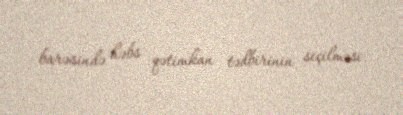
barəsində həbs qətimkan tədbirinin seçilməsi.